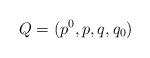
LaTeX: \begin{align*}Q=(p^0, p, q, q_0)\end{align*}